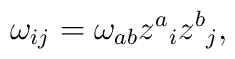
\omega_{ij} = \omega_{ab} z^a{}_i z^b{}_j,